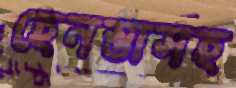
হেনস্তাসহ